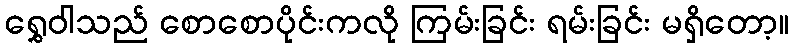
ရွှေဝါသည် စောစောပိုင်းကလို ကြမ်းခြင်း ရမ်းခြင်း မရှိတော့။